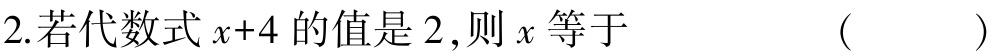
2. 若代数式\(x + 4\)的值是\(2\)，则\(x\)等于 （  ）